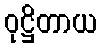
ဝုဋ္ဌိတာယ